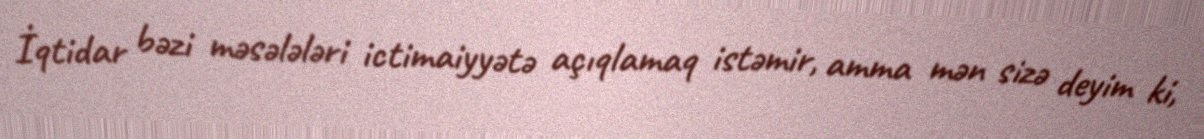
İqtidar bəzi məsələləri ictimaiyyətə açıqlamaq istəmir, amma mən sizə deyim ki,